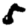
Digit: 5